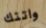
واتتك